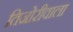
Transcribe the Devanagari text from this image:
तिजोरीवाला